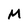
Character: M